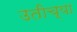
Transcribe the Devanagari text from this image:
उतीच्या